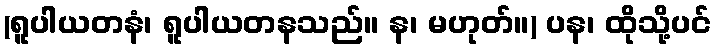
(ရူပါယတနံ၊ ရူပါယတနသည်။ န၊ မဟုတ်။) ပန၊ ထိုသို့ပင်